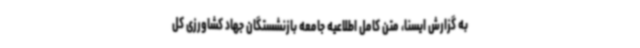
به گزارش ایسنا، متن کامل اطلاعیه جامعه بازنشستگان جهاد کشاورزی کل